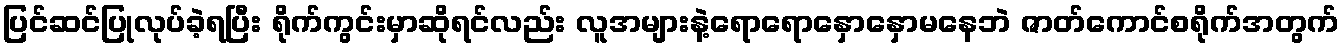
ပြင်ဆင်ပြုလုပ်ခဲ့ရပြီး ရိုက်ကွင်းမှာဆိုရင်လည်း လူအများနဲ့ရောရောနှောနှောမနေဘဲ ဇာတ်ကောင်စရိုက်အတွက်